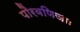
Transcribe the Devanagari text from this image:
पौरवणिजाः